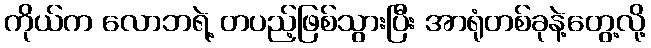
ကိုယ်က လောဘရဲ့ တပည့်ဖြစ်သွားပြီး အာရုံတစ်ခုနဲ့တွေ့လို့